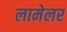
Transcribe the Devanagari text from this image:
लामेलर